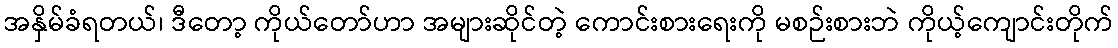
အနှိမ်ခံရတယ်၊ ဒီတော့ ကိုယ်တော်ဟာ အများဆိုင်တဲ့ ကောင်းစားရေးကို မစဉ်းစားဘဲ ကိုယ့်ကျောင်းတိုက်